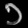
Digit: ၁